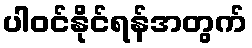
ပါဝင်နိုင်ရန်အတွက်